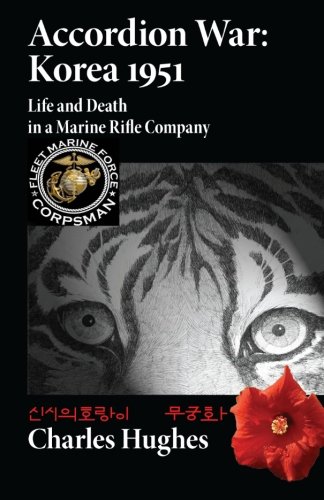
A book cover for Accordion War: Korea 1951: Life and Death in a Marine Rifle Company; Charles Hughes; History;